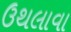
ઉથલાવા